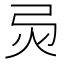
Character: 𢏅